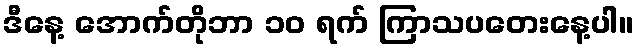
ဒီနေ့ အောက်တိုဘာ ၁၀ ရက် ကြာသပတေးနေ့ပါ။